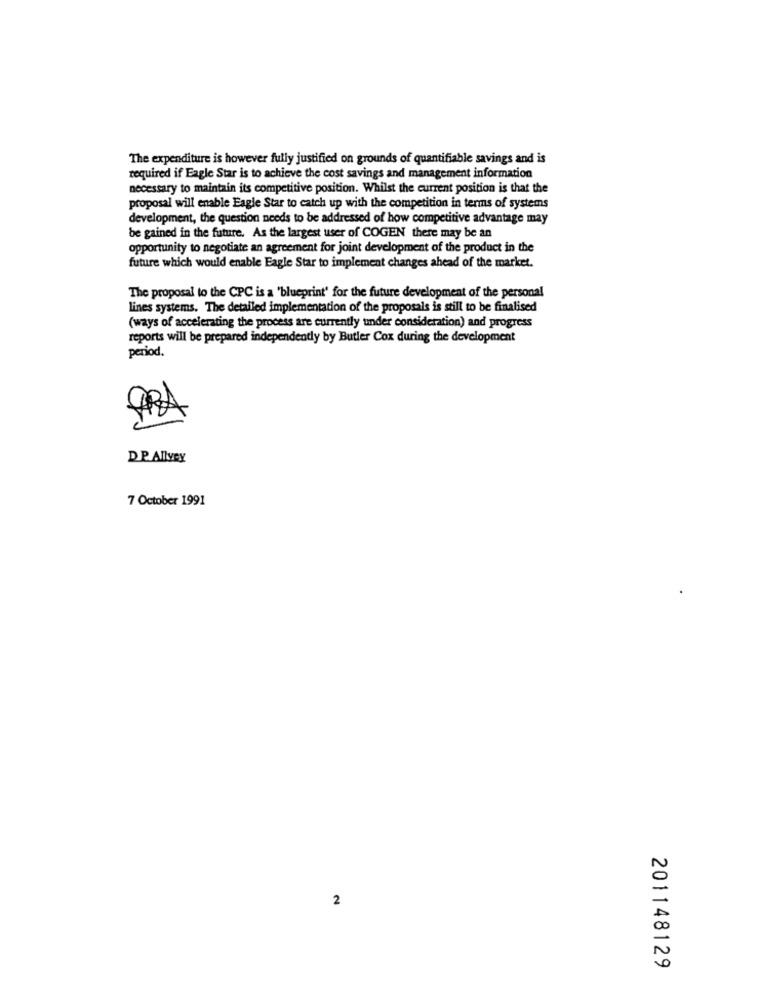
The expenditure is however fully justified on grounds of quantifiable savings and is
required if Eagle Star is to achieve the cost savings and management information
necessary to maintain its competitive position. Whilst the current position is that the
proposal will enable Eagle Star to catch up with the competition in terms of systems
development, the question needs to be addressed of how competitive advantage may
be gained in the future. As the largest user of COGEN there may be an
opportunity to negotiate an agreement for joint development of the product in the
future which would enable Eagle Star to implement changes ahead of the market.
The proposal to the CPC is a 'blueprint' for the future development of the personal
lines systems. The detailed implementation of the proposals is still to be finalised
(ways of accelerating the process are currently under consideration) and progress
reports will be prepared independently by Butler Cox during the development
period.
FRA
DP Allvey
7 October 1991
2
201148129